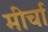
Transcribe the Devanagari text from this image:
मीर्चा